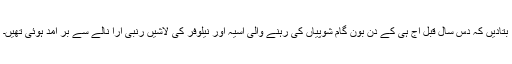
بتادیں کہ دس سال قبل آج ہی کے دن بون گام شوپیاں کی رہنے والی آسیہ اور نیلوفر کی لاشیں رنبی آرا نالے سے بر آمد ہوئی تھیں۔